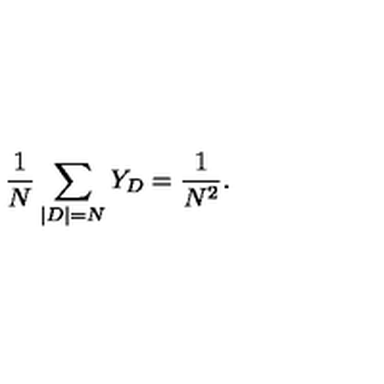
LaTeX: \frac { 1 } { N } \sum _ { | D | = N } Y _ { D } = \frac { 1 } { N ^ { 2 } } .